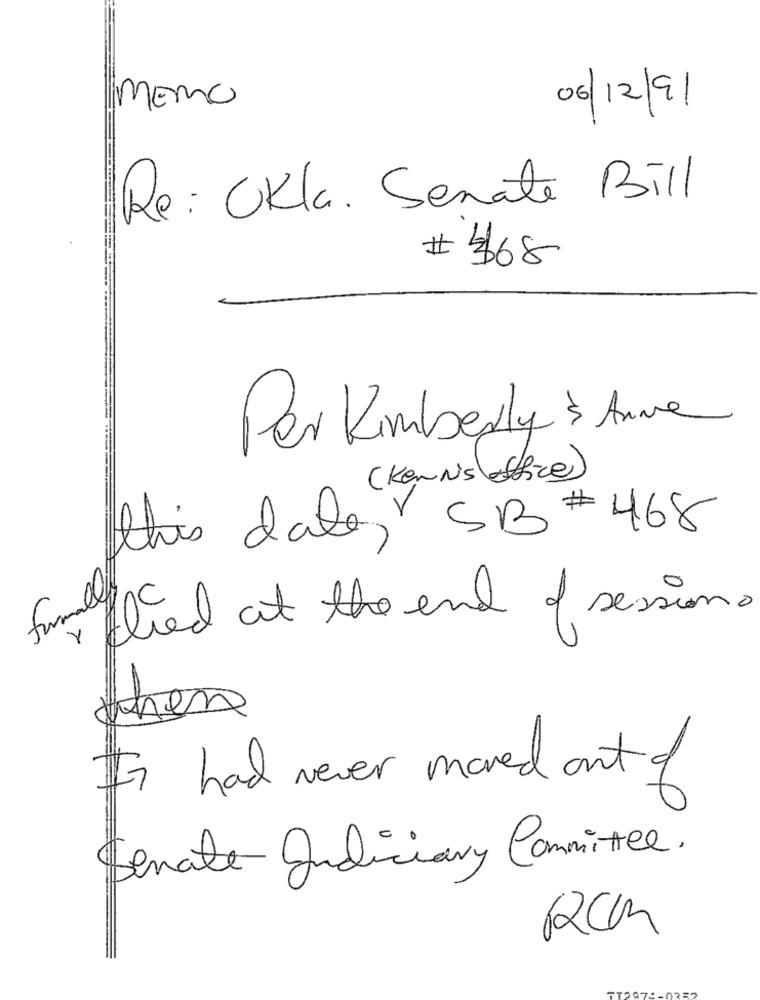
MEMO
06/12/91
Re: Okla. Senate Bill
# 368
Per Kimberly & Anne
(Kennisleftfice)
this date, SB # 468
formal
flied at the end of session.
then
I had never moved out of
Senate Judiciary Commitee.
RCM